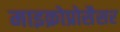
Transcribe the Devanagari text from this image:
माइक्रोप्रोसैसर